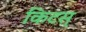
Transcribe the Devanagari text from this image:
किटस्